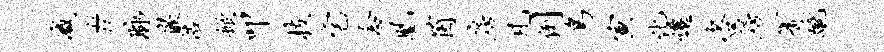
减#脉嵌浩掀叩枝宅念凰茵房凡例鸟寅化迁咨房箐蹴